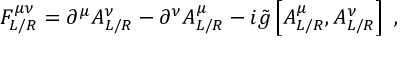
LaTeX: F _ { L / R } ^ { \mu \nu } = \partial ^ { \mu } A _ { { L / R } } ^ { \nu } - \partial ^ { \nu } A _ { { L / R } } ^ { \mu } - i \tilde { g } \left[ A _ { { L / R } } ^ { \mu } , A _ { { L / R } } ^ { \nu } \right] \ ,